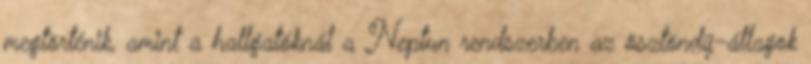
megtörténik, amint a hallgatóknál a Neptun rendszerben az ösztöndíj-átlagok